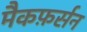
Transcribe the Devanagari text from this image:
मैकफ़र्सन